Annual administration report of the Civil Veterinary Department of India - 1906-1907
Year: 1906
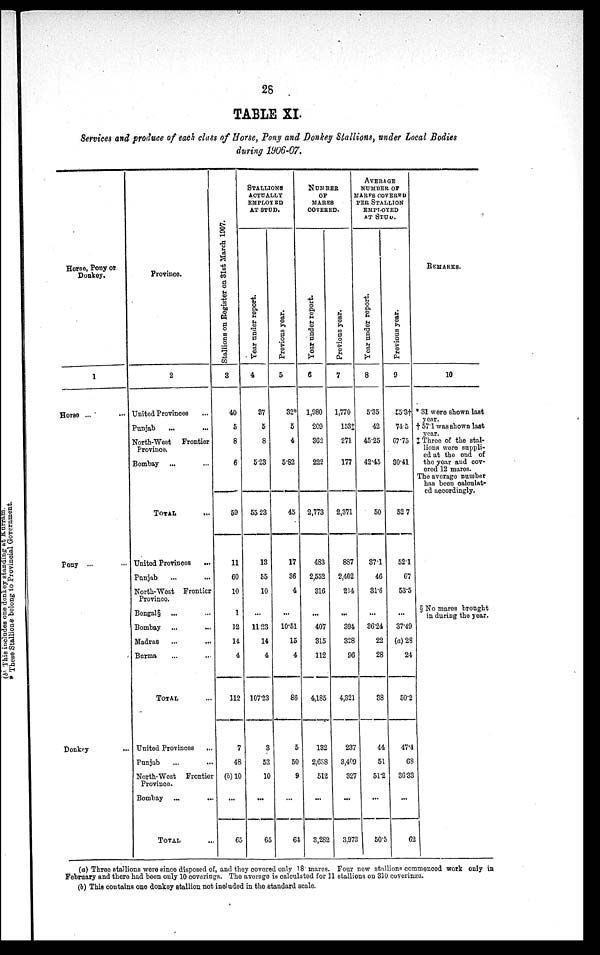
28
TABLE XI.
Services and produce of each class of Horse, Pony and Donkey Stallions, under Local Bodies
during 1906-07.
Horse, Pony or
Donkey.
1
Horse ... ...
Pony ... ...
Donkey ...
Province.
2
United Provinces ...
Punjab ... ...
North-West Frontier
Province.
Bombay ... ...
TOTAL ...
United Provinces ...
Punjab ... ...
North-West Frontier
Province.
Bengal§ ... ...
Bombay... ...
Madras ... ...
Burma ... ...
TOTAL ...
United Provinces
...
Punjab ... ...
North-West Frontier
Province.
Bombay ... ...
TOTAL ...
St al l
i
ons on Regi s t
er on 31s t Mar ch 1907.
3
40
5
8
6
59
11
60
10
1
12
14
4
112
7
48
(b) 10
...
65
STALLIONS
ACTUALLY
EMPLOYED
AT STUD.
Year under report.
4
37
5
8
5.23
55.23
13
55
10
...
11.23
14
4
107.23
3
52
10
...
65
Previous year.
5
32*
5
4
5.82
45
17
36
4
...
10.51
15
4
86
5
50
9
...
64
NUMBER
OF
MARES
COVERED.
Year
under report.
6
1,980
209
362
222
2,773
483
2,552
316
...
407
315
112
4,185
132
2,638
512
...
3,282
Previous year.
7
1,770
153‡
271
177
2,371
887
2,402
214
...
394
328
96
4,321
237
3,409
327
...
3,973
AVERAGE
NUMBER OF
MARES COVERED
PER STALLION
EMPLOYED
AT STUD.
Year
under report.
8
5.35
42
45.25
42.45
50
37.1
46
31.6
...
36.24
22
28
38
44
51
51.2
...
50.5
Previous year.
9
55.3†
74.5
67.75
30.41
52.7
52.1
67
53.5
...
37.49
(a) 28
24
50.2
47.4
68
36.33
...
62
REMARKS.
10
* 31 were shown last
year.
† 57.1 was shown last
year.
‡ Three of the stal-
lions wore suppli-
ed at the end of
the year and cov-
ered 12 mares.
The average number
has been calculat-
ed accordingly.
§ No mares brought
in during the year.
(a) Three stallions were since disposed of, and they covered only 18 mares. Four new stallions commenced work only in
February and there had been only 10 coverings. The average is calculated for 11 stallions on 310 coverings.
(b) This contains one donkey stallion not included in the standard scale.